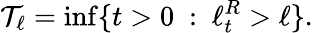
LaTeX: \mathcal{T}_{\ell}=\operatorname*{inf}\{ t>0~:~\ell_{t}^{R}>\ell\} .